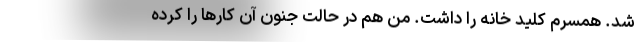
شد. همسرم کلید خانه را داشت. من هم در حالت جنون آن کار‌ها را کرده